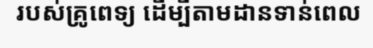
របស់គ្រូពេទ្យ ដើម្បីតាមដានទាន់ពេល